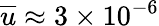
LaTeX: \overline{{u}}\approx 3\times 10^{-6}